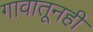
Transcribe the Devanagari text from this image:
गावातूनही